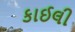
કાઈલી